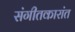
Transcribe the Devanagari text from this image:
संगीतकारांत